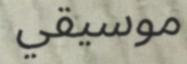
موسيقي